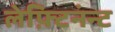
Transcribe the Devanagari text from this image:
लेफ़्टिनंन्ट